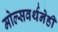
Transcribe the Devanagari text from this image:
मोल्सवर्थनेही